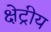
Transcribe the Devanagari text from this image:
क्षेट्रीय